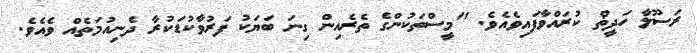
ރަސޫލާ ހަދީޡް ކުރައްވާފައިވެއެވެ. "މީސްތަކުންގެ ތެރެއިން ގިނަ ބަޔަކު ފަރުވާކުޑަކުރާ ދެނިއުމަތެއް ވެއެވެ.